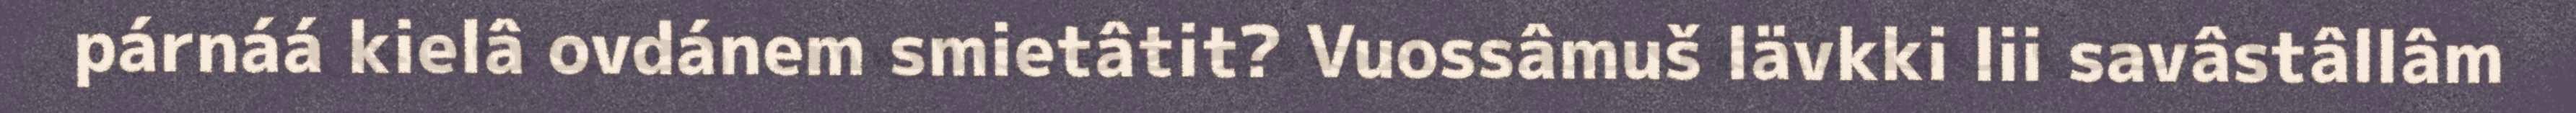
párnáá kielâ ovdánem smietâtit? Vuossâmuš lävkki lii savâstâllâm